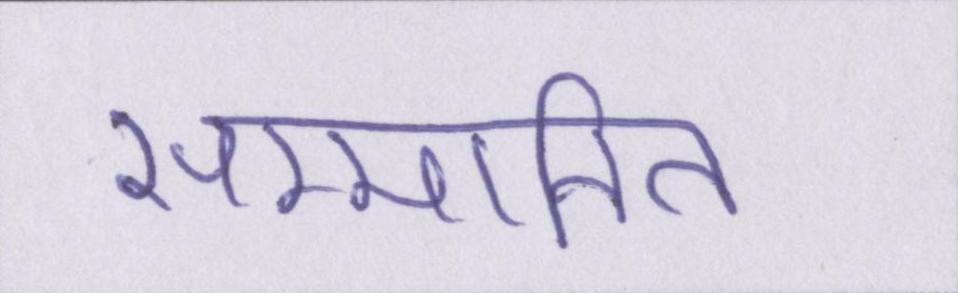
सम्मानित